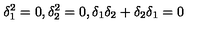
\delta _ { 1 } ^ { 2 } = 0 , \delta _ { 2 } ^ { 2 } = 0 , \delta _ { 1 } \delta _ { 2 } + \delta _ { 2 } \delta _ { 1 } = 0